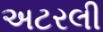
અટરલી